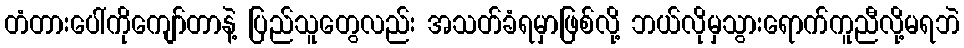
တံတားပေါ်ကိုကျော်တာနဲ့ ပြည်သူတွေလည်း အသတ်ခံရမှာဖြစ်လို့ ဘယ်လိုမှသွားရောက်ကူညီလို့မရဘဲ